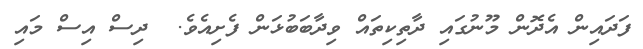
ފަދައިން އެދޮން މޫނުގައި ދާތިކިތައް ވިދާބަބުޅަން ފެށިއެވެ.  ދިސް އިސް މައި